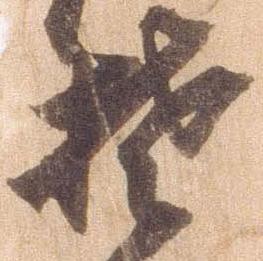
楚